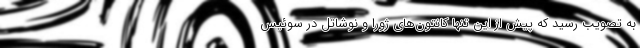
به تصویب رسید که پیش از این تنها کانتون‌های ژورا و نوشاتل در سوئیس